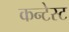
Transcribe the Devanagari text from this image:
कन्टेस्ट